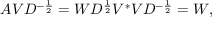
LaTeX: A V D ^ { - { \frac { 1 } { 2 } } } = W D ^ { \frac { 1 } { 2 } } V ^ { * } V D ^ { - { \frac { 1 } { 2 } } } = W ,